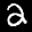
Label: 2